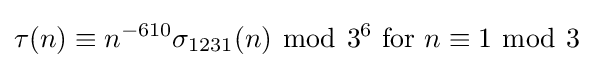
\tau (n)\equiv n^{-610}\sigma _{1231}(n)\ {\bmod {\ }}3^{6}{\text{ for }}n\equiv 1\ {\bmod {\ }}3